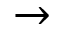
\rightarrow